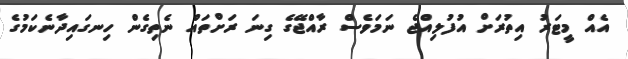
އެއް މީޓަރު އިތުރަށް އުފުލިއްޖެ ނަމަވެސް ރާއްޖޭގެ ގިނަ ރަށްތައް ނެތިގެން ހިނގައިދާނެކަމުގެ